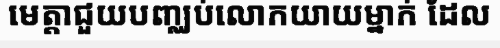
មេត្តាជួយបញ្ឈប់លោកយាយម្នាក់ ដែល